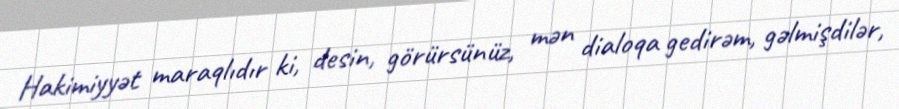
Hakimiyyət maraqlıdır ki, desin, görürsünüz, mən dialoqa gedirəm, gəlmişdilər,